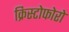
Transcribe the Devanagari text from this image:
क्रिस्टोफोरो